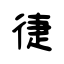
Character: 徢